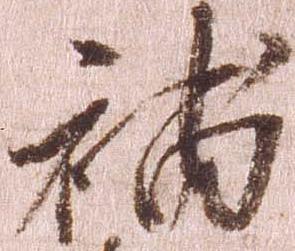
補